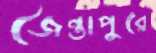
জৈন্তাপুরে